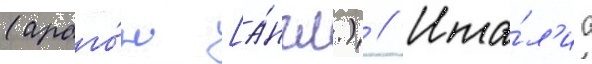
(араго́н [а́нгл.) // Ита́л'иа